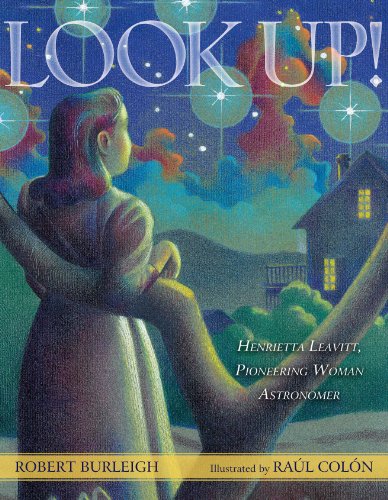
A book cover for Look Up!: Henrietta Leavitt, Pioneering Woman Astronomer; Robert Burleigh; Children's Books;